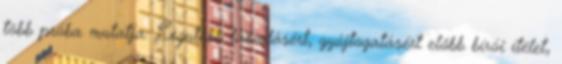
több próba mutatja. Legutóbb lázadásért, gyújtogatásért előbb bírói ítélet,